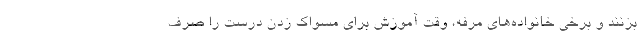
بزنند و برخی خانواده‌‌های مرفه، وقت آموزش برای مسواک زدن درست را صرف